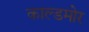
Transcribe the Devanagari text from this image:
काल्डमोर